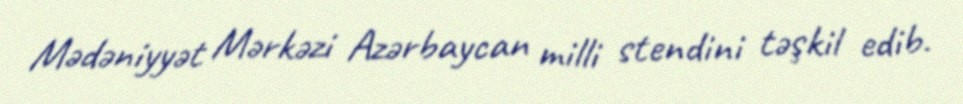
Mədəniyyət Mərkəzi Azərbaycan milli stendini təşkil edib.